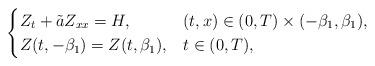
LaTeX: \begin{align*}\begin{cases}Z_t + \tilde a Z_{xx} =H, & (t,x) \in (0,T) \times (-\beta_1, \beta_1),\\Z(t,-\beta_1)=Z(t,\beta_1), & t \in (0,T),\\\end{cases}\end{align*}